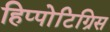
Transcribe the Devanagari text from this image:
हिप्पोटिग्रिस